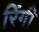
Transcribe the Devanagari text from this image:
रिंगी